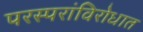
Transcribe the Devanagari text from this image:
परस्परांविरोधात